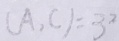
( A , C ) = 3 ^ { 2 }